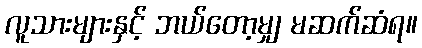
လူသားများနှင့် ဘယ်တော့မျှ မဆက်ဆံရ။